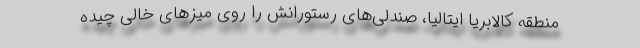
منطقه کالابریا ایتالیا، صندلی‌های رستورانش را روی میزهای خالی چیده